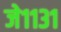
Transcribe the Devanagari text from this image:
जे११३१